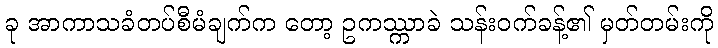
ခု အာကာသခံတပ်စီမံချက်က တော့ ဥကဿ္ကာခဲ သန်းဝက်ခန့်၏ မှတ်တမ်းကို